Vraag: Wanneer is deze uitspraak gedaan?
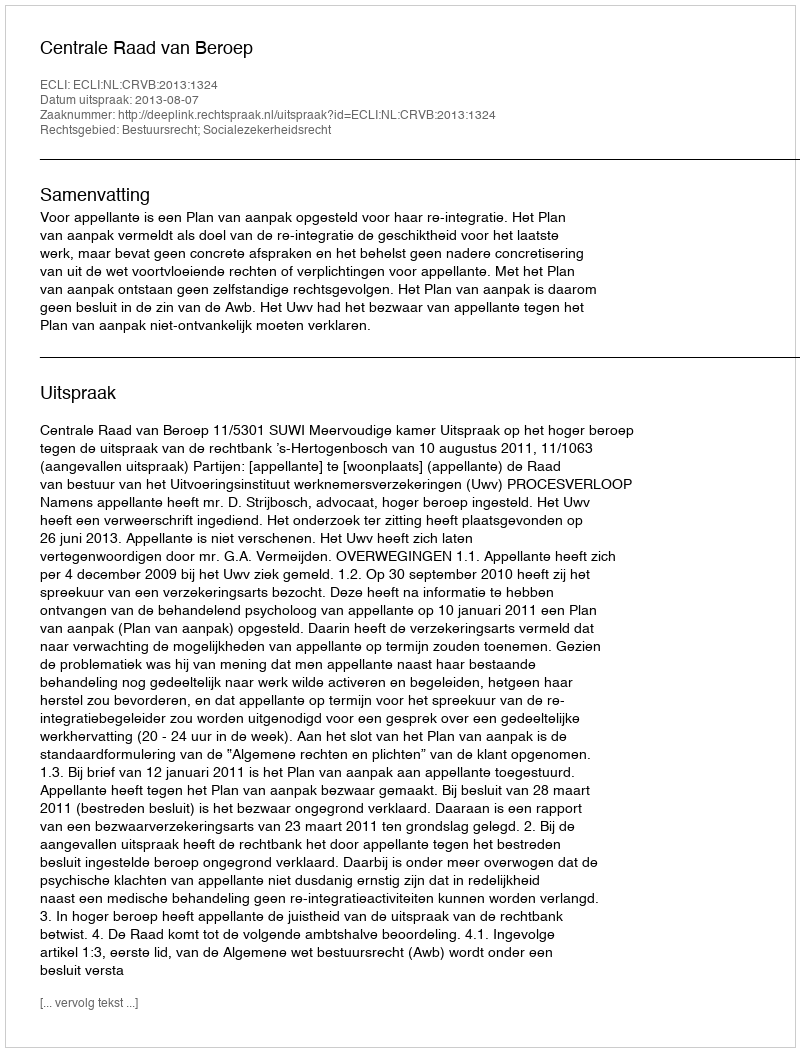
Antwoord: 2013-08-07